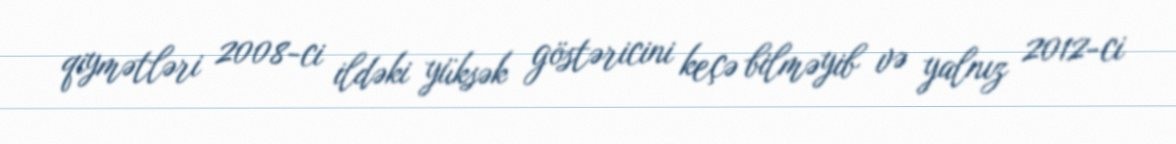
qiymətləri 2008-ci ildəki yüksək göstəricini keçə bilməyib və yalnız 2012-ci